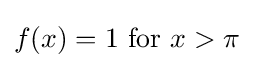
f(x)=1{\text{ for }}x>\pi